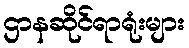
ဌာနဆိုင်ရာရုံးများ